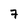
Character: 7